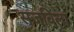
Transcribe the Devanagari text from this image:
सजविला